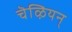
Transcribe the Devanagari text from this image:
चॆऴियन्